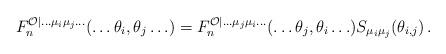
LaTeX: \begin{align*}F_{n}^{\mathcal{O}|\ldots \mu _{i}\mu _{j}\ldots }(\ldots \theta _{i},\theta_{j}\ldots )=F_{n}^{\mathcal{O}|\ldots \mu _{j}\mu _{i}\ldots }(\ldots\theta _{j},\theta _{i}\ldots )S_{\mu _{i}\mu _{j}}(\theta _{i,j})\,.\end{align*}